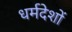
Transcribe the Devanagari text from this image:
धर्मदेशों